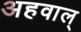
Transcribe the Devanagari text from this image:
अहवाल्